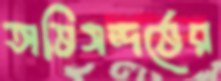
অভিসন্দর্ভের